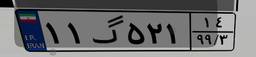
۱۴گ۰۷۲۶۲